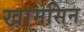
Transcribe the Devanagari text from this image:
खामसिन